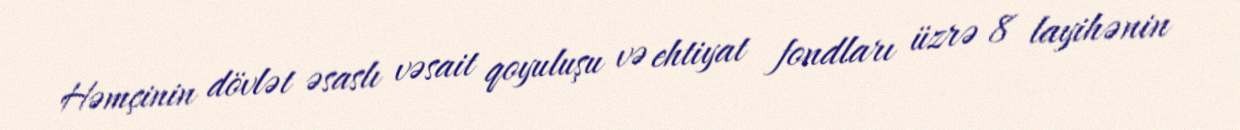
Həmçinin dövlət əsaslı vəsait qoyuluşu və ehtiyat fondları üzrə 8 layihənin